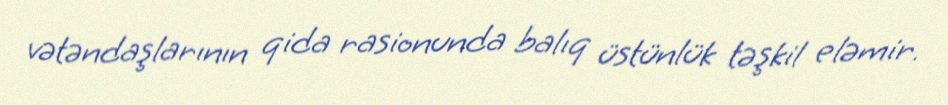
vətəndaşlarının qida rasionunda balıq üstünlük təşkil eləmir.